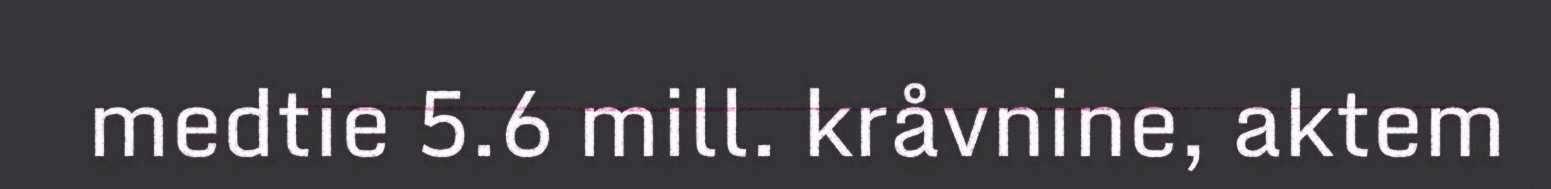
medtie 5.6 mill. kråvnine, aktem